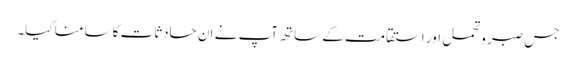
جس صبر وتحمل اور استقامت کے ساتھ آپ نے ان حادثات کا سامنا کیا۔